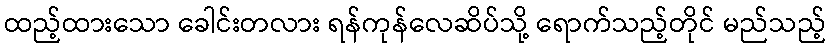
ထည့်ထားသော ခေါင်းတလား ရန်ကုန်လေဆိပ်သို့ ရောက်သည့်တိုင် မည်သည့်